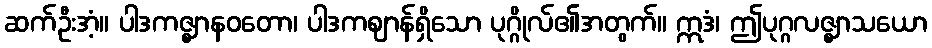
ဆက်ဦးအံ့။ ပါဒကဇ္ဈာနဝတော၊ ပါဒကဈာန်ရှိသော ပုဂ္ဂိုလ်၏အတွက်။ ဣဒံ၊ ဤပုဂ္ဂလဇ္ဈာသယော